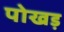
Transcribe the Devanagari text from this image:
पोखड़